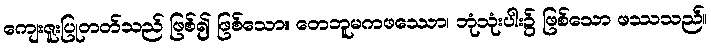
ကျေးဇူးပြုတတ်သည် ဖြစ်၍ ဖြစ်သော။ တေဘူမကဖဿော၊ ဘုံသုံးပါး၌ ဖြစ်သော ဖဿသည်။